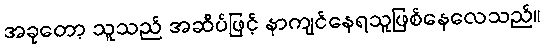
အခုတော့ သူသည် အဆ်ိပ်ဖြင့် နာကျင်နေရသူဖြစ်နေလေသည်။